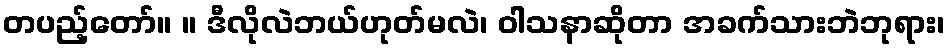
တပည့်တော်။ ။ ဒီလိုလဲဘယ်ဟုတ်မလဲ၊ ဝါသနာဆိုတာ အခက်သားဘဲဘုရား၊